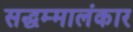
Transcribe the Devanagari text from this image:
सद्धम्मालंकार